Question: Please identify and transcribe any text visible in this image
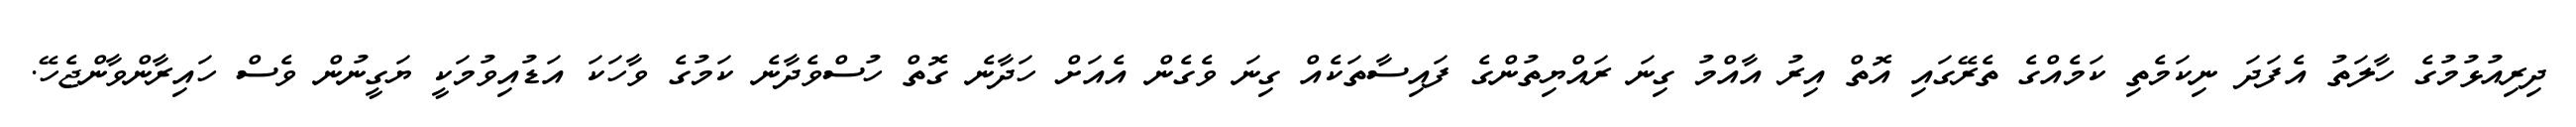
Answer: ދިރިއުޅުމުގެ ހާލަތު އެފަދަ ނިކަމެތި ކަމެއްގެ ތެރޭގައި އޮތް އިރު އާއްމު ގިނަ ރައްޔިތުންގެ ފައިސާތަކެއް ގިނަ ވެގެން އެއަށް ހަދާނެ ގޮތް ހުސްވެދާނެ ކަމުގެ ވާހަކަ އަޑުއިވުމަކީ ޔަގީނުން ވެސް ހައިރާންވާންޖެހޭ.